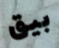
بيق